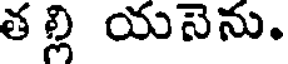
త ల్లి యనెను.